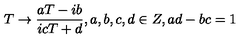
T \rightarrow \frac { a T - i b } { i c T + d } , a , b , c , d \in Z , a d - b c = 1